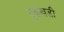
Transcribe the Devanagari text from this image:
पुईखडी